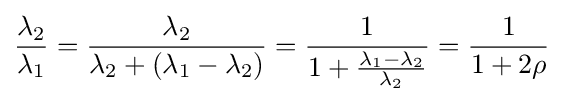
{\frac {\lambda _{2}}{\lambda _{1}}}={\frac {\lambda _{2}}{\lambda _{2}+(\lambda _{1}-\lambda _{2})}}={\frac {1}{1+{\frac {\lambda _{1}-\lambda _{2}}{\lambda _{2}}}}}={\frac {1}{1+2\rho }}